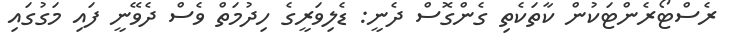
ރެސްޓޯރެންޓަކުން ކާތަކެތި ގެންގޮސް ދެނީ: ޑެލިވަރީގެ ހިދުމަތް ވެސް ދެވޭނީ ފައި މަގުގައި